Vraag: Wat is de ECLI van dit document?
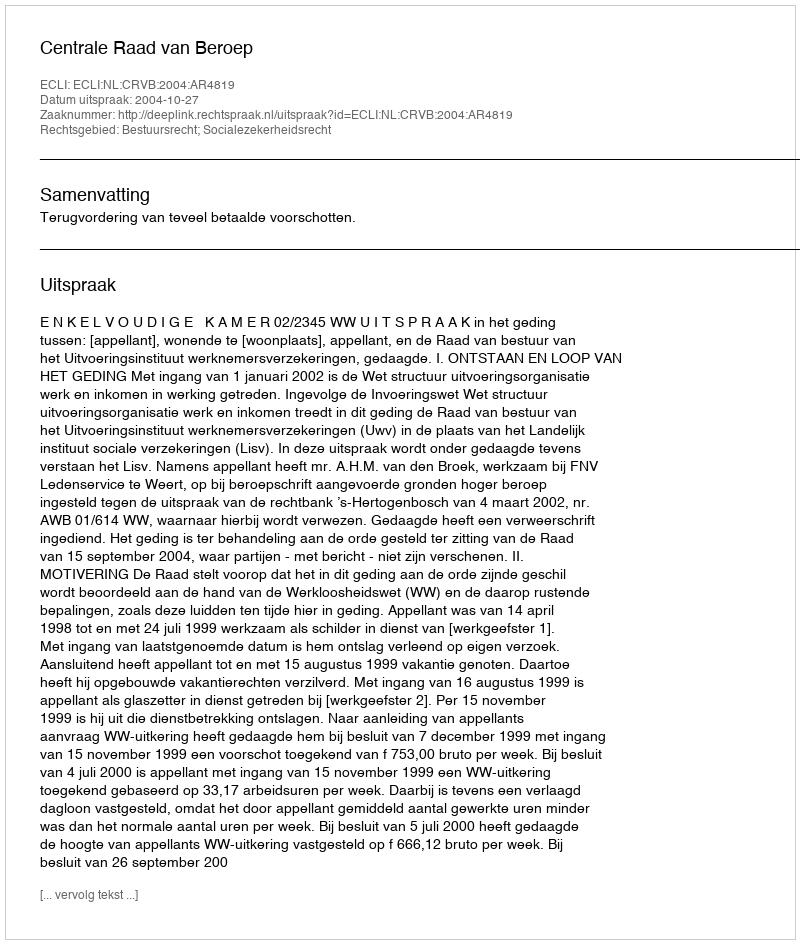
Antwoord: ECLI:NL:CRVB:2004:AR4819